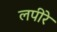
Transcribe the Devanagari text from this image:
लपीरे